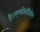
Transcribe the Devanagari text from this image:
है।एल्डोस्टीरोन